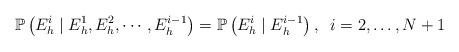
LaTeX: \begin{align*}\mathbb{P}\left (E_h^i\mid E_h^1,E_h^2,\cdots,E_h^{i-1} \right )=\mathbb{P}\left ( E_h^i\mid E_h^{i-1} \right ),\;\; i=2,\ldots,N+1\end{align*}